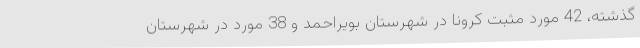
گذشته، 42 مورد مثبت کرونا در شهرستان بویراحمد و 38 مورد در شهرستان